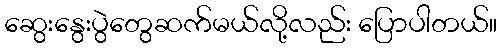
ဆွေးနွေးပွဲတွေဆက်မယ်လို့လည်း ပြောပါတယ်။